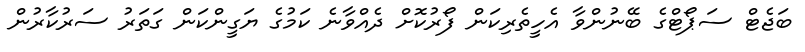
ބަޖެޓް ސަޕޯޓްގެ ބޭނުންވާ އެހީތެރިކަން ފޯރުކޮށް ދެއްވާނެ ކަމުގެ ޔަގީންކަން ގަތަރު ސަރުކާރުން